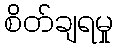
စိတ်ချရမှု